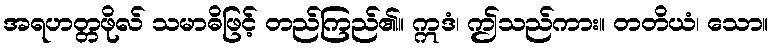
အရဟတ္တဖိုလ် သမာဓိဖြင့် တည်ကြည်၏။ ဣဒံ၊ ဤသည်ကား။ တတိယံ၊ သော။